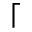
\lceil